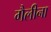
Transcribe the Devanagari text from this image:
गैलीना